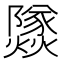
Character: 𰟹